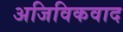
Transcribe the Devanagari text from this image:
अजिविकवाद